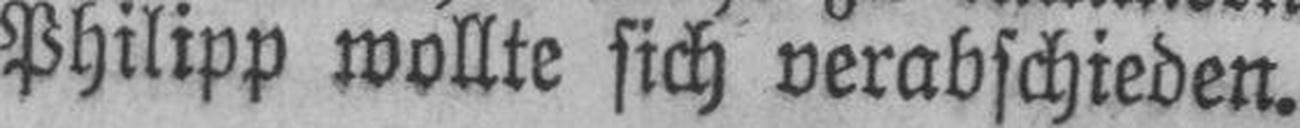
Philipp wollte sich verabschieden.